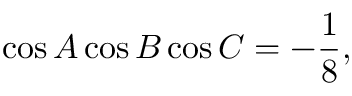
\cos A \cos B \cos C = - { \frac { 1 } { 8 } } ,